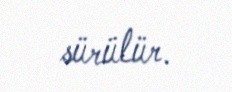
sürülür.